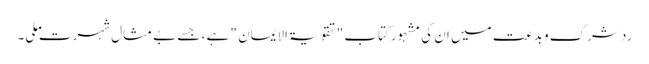
رد شرک و بدعت میں ان کی مشہور کتاب "تقویۃ الایمان " ہے ، جسے بے مثال شہرت ملی۔